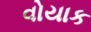
વોયાક